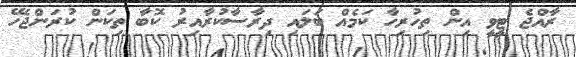
ރާއްޖެ ޓީވީ އިން ތިހުރިހާ ކަމެއް ބަލައި ދިރާސާކުރާއިރު ކޮބާ ތިކަން ކުރަންޖެހޭ